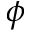
\phi